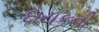
દાયકની